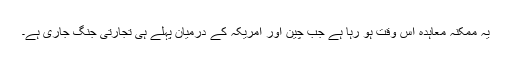
یہ ممکنہ معاہدہ اس وقت ہو رہا ہے جب چین اور امریکہ کے درمیان پہلے ہی تجارتی جنگ جاری ہے۔